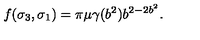
f ( \sigma _ { 3 } , \sigma _ { 1 } ) = \pi \mu \gamma ( b ^ { 2 } ) b ^ { 2 - 2 b ^ { 2 } } . \nonumber